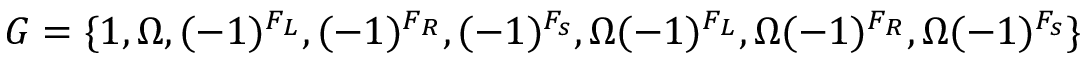
{ \cal G } = \{ 1 , \Omega , ( - 1 ) ^ { F _ { L } } , ( - 1 ) ^ { F _ { R } } , ( - 1 ) ^ { F _ { s } } , \Omega ( - 1 ) ^ { F _ { L } } , \Omega ( - 1 ) ^ { F _ { R } } , \Omega ( - 1 ) ^ { F _ { s } } \}